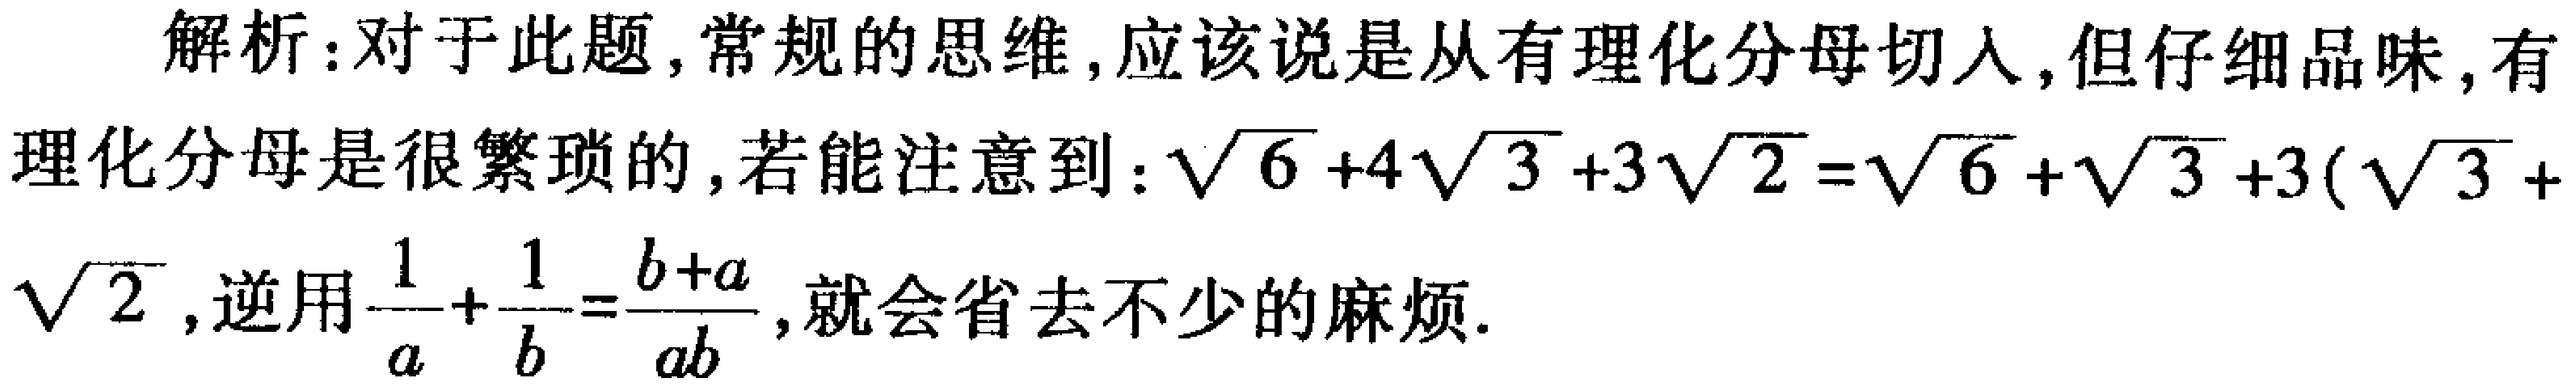
解析：对于此题,常规的思维,应该说是从有理化分母切入,但仔细品味,有理化分母是很繁琐的,若能注意到：\(\sqrt{6} + 4\sqrt{3}+3\sqrt{2}=\sqrt{6}+\sqrt{3}+3(\sqrt{3}+\sqrt{2})\)，逆用\(\frac{1}{a}+\frac{1}{b}=\frac{b + a}{ab}\),就会省去不少的麻烦.